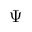
\Psi